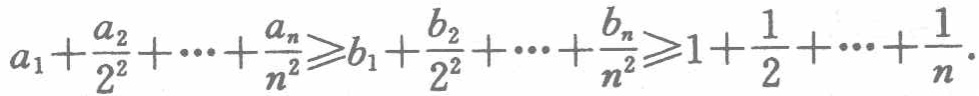
\(a_{1}+\frac{a_{2}}{2^{2}}+\cdots+\frac{a_{n}}{n^{2}}\geqslant b_{1}+\frac{b_{2}}{2^{2}}+\cdots+\frac{b_{n}}{n^{2}}\geqslant1+\frac{1}{2}+\cdots+\frac{1}{n}\)